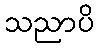
သညာပိ